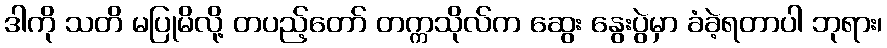
ဒါကို သတိ မပြုမိလို့ တပည့်တော် တက္ကသိုလ်က ဆွေး နွေးပွဲမှာ ခံခဲ့ရတာပါ ဘုရား၊